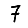
Digit: 7